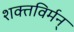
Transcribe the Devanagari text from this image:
शक्तविर्मन्